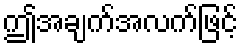
ဤအချက်အလက်ဖြင့်